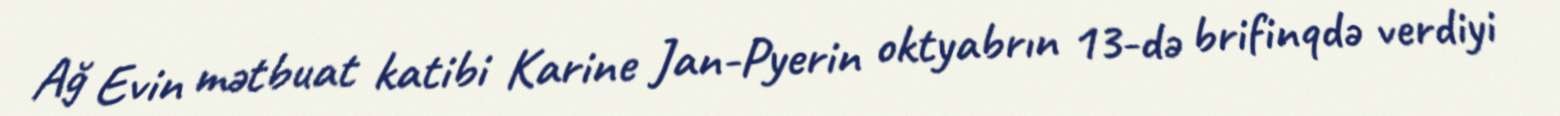
Ağ Evin mətbuat katibi Karine Jan-Pyerin oktyabrın 13-də brifinqdə verdiyi